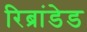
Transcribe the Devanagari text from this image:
रिब्रांडेड